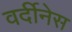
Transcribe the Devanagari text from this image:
वर्दीनेस